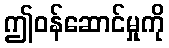
ဤဝန်ဆောင်မှုကို